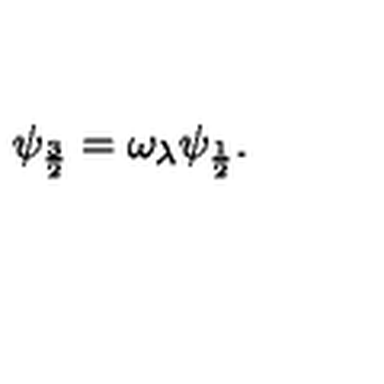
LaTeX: \psi _ { \frac { 3 } { 2 } } = \omega _ { \lambda } \psi _ { \frac { 1 } { 2 } } .